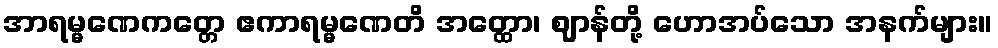
အာရမ္မဏေကတ္တေ ဧကာရမ္မဏေတိ အတ္ထော၊ ဈာန်တို့ ဟောအပ်သော အနက်များ။